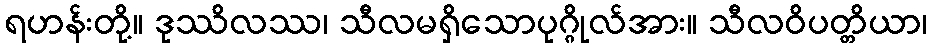
ရဟန်းတို့။ ဒုဿိလဿ၊ သီလမရှိသောပုဂ္ဂိုလ်အား။ သီလဝိပတ္တိယာ၊